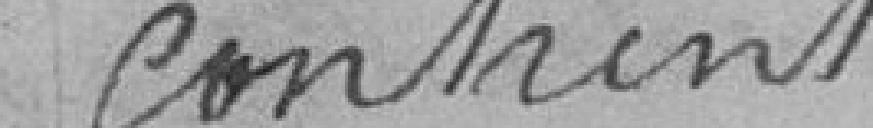
contraint